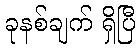
ခုနစ်ချက် ရှိပြီ